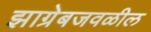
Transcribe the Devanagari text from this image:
झाग्रेबजवळील